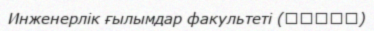
Инженерлік ғылымдар факультеті (基礎工学部)